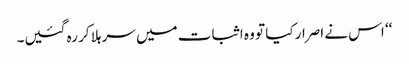
‘‘ اس نے اصرار کیا تو وہ اثبات میں سر ہلا کر رہ گئیں۔